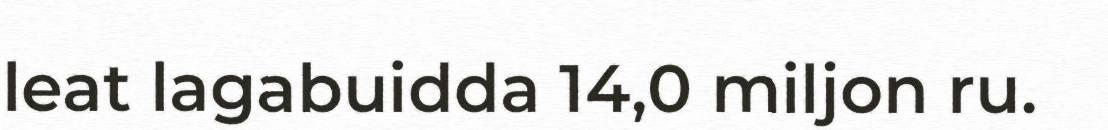
leat lagabuidda 14,0 miljon ru.